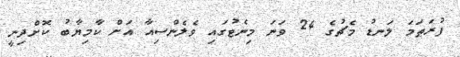
ފުރަތަމަ ލަނޑު މެޗުގެ 24 ވަނަ މިނެޓުގައި ވެލެންސިއާ އަށް ކާމިޔާބު ކޮށްދިނީ